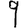
Digit: 9